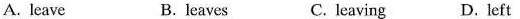
A.leave B.leaves C. leaving D.left